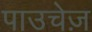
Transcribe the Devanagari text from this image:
पाउचेज़